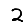
Digit: 2